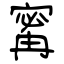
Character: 寗